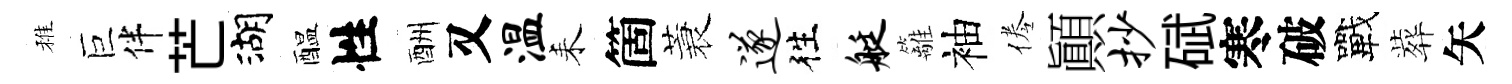
稚巨伴芒湖醖性酬又温耒箇蓑遂徃艇籬袖倦顚抄碔寒破戰葬矢